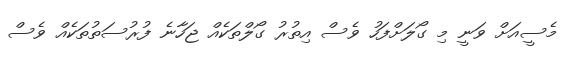
މެސީއަށް ވަނީ މި ގޯލަށްފަހު ވެސް އިތުރު ގޯލްތަކެއް ޖަހާނެ ފުރުސަތުތަކެއް ވެސް